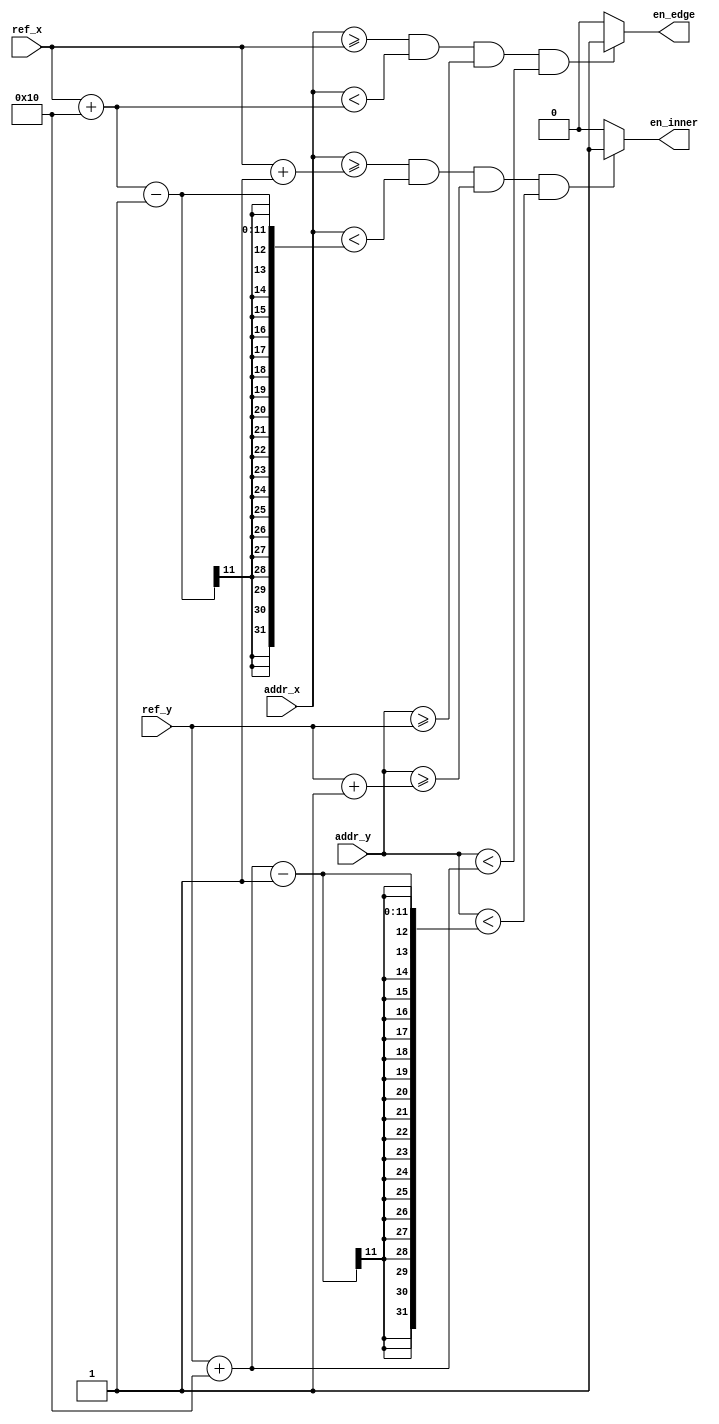
/*
    single block
    addr: current pixel
    ref: up-left corner pixel of the block
    en: en = 1 when addr is in the block
*/

module block(
    input [9:0] addr_x, addr_y,
    input [9:0] ref_x, ref_y,
    output en_inner, en_edge
    );

    parameter size = 16;

    assign en_inner = (addr_x >= ref_x+1 && addr_x < ref_x + size-1 && 
                    addr_y >= ref_y+1 && addr_y < ref_y + size-1) ? 1 : 0;

    assign en_edge  = (addr_x >= ref_x && addr_x < ref_x + size && 
                    addr_y >= ref_y && addr_y < ref_y + size) ? 1 : 0;

    // assign en_edge = ((addr_x == ref_x || addr_x == ref_x + size-1) && 
    //                 addr_y >= ref_y && addr_y < ref_y + size) || 
    //                 ((addr_y == ref_y || addr_y == ref_y + size-1) && 
    //                 addr_x >= ref_x && addr_x < ref_x + size) ? 1 : 0;

endmodule